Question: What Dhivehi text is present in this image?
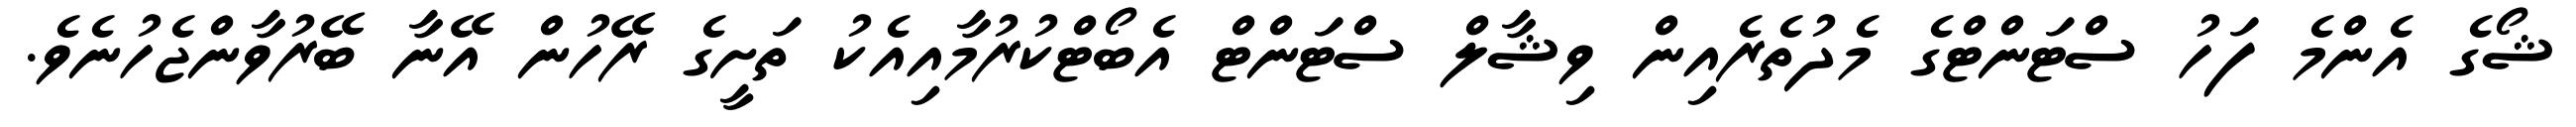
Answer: ޝޯގެ އެންމެ ފަހު ސްޓަންޓްގެ މެދުތެރެއިން ވިޝާލް ސްޓަންޓް އެބޯޓްކުރުމާއިއެކު ތަށީގެ ރޭހުން އޭނާ ބޭރުވާންޖެހުނެވެ.